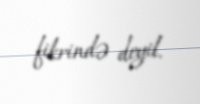
fikrində deyil.